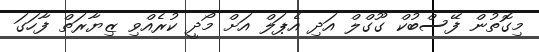
މިގޮތުން ފޭސްބުކް ގޫގްލް އަދި އެޕަލް އަށް މޯދީ ކުރެއްވި ޒިޔާރަތް ފާހަގަ